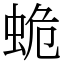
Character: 蛫